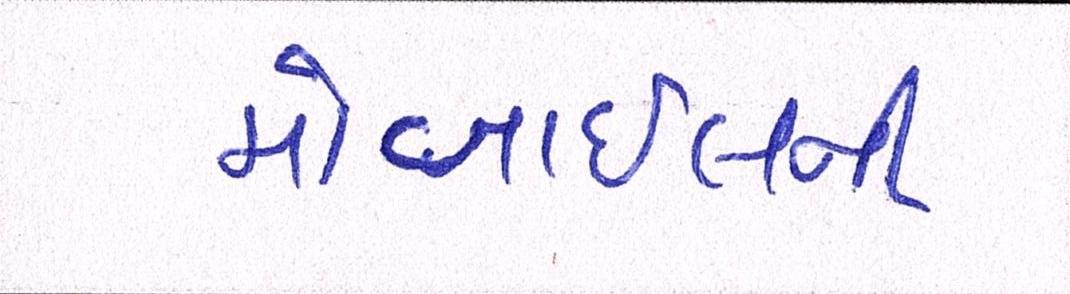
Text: મોબાઈલની